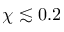
\chi \lesssim 0 . 2